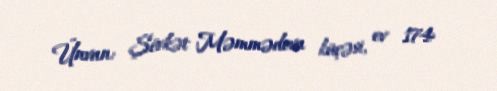
Ünvan: Şövkət Məmmədova küçəsi, ev 174